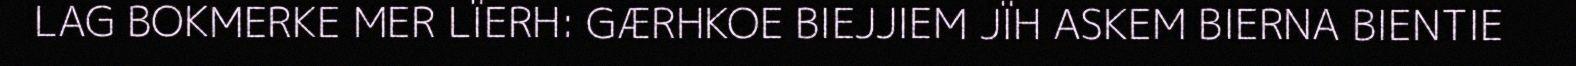
LAG BOKMERKE MER LÏERH: GÆRHKOE BIEJJIEM JÏH ASKEM BIERNA BIENTIE